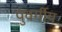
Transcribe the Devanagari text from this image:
पुंवर्गीय